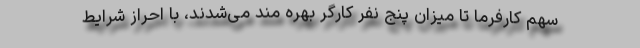
سهم کارفرما تا میزان پنج نفر کارگر بهره مند می‌شدند، با احراز شرایط